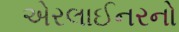
એરલાઈનરનો